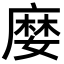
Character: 𡡉